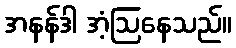
အနန်ဒါ အံ့ဩနေသည်။